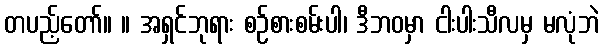
တပည့်တော်။ ။ အရှင်ဘုရား စဉ်စားစမ်းပါ၊ ဒီဘဝမှာ ငါးပါးသီလမှ မလုံဘဲ